Annual statistical returns and brief notes on vaccination in Bengal - 1887-1898
Year: 1887
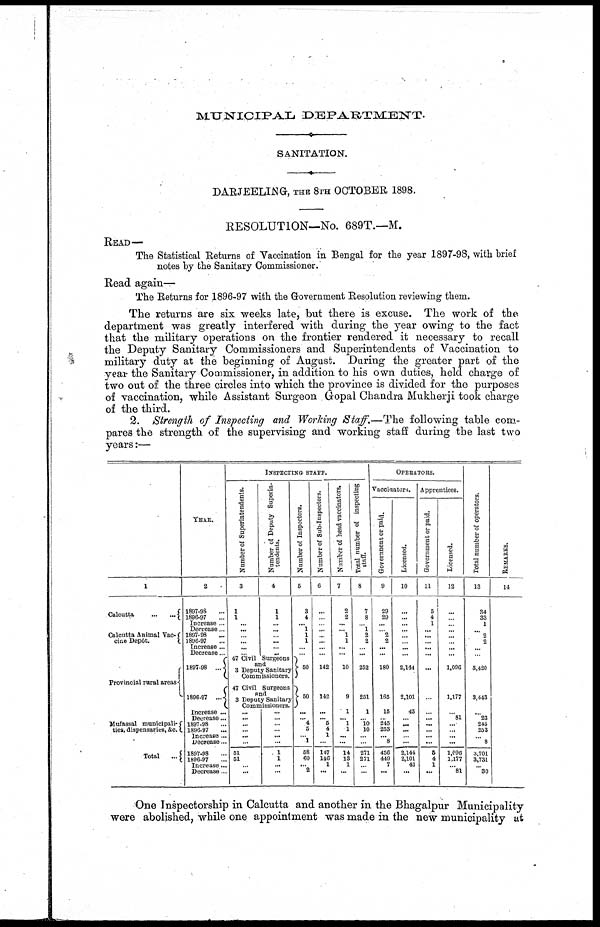
MUNICIPAL
DEPARTMENT.
SANITATION.
DARJEELING, THE 8TH OCTOBER 1898.
RESOLUTION—No. 689T.—M.
READ—
The Statistical Returns of Vaccination in Bengal for the year 1897-98, with brief
notes by the Sanitary Commissioner.
Read again—
The Returns for 1896-97 with the Government Resolution reviewing them.
The returns are six weeks late, but there is excuse. The work of the
department was greatly interfered with during the year owing to the fact
that the military operations on the frontier rendered it necessary to recall
the Deputy Sanitary Commissioners and Superintendents of Vaccination to
military duty at the beginning of August. During the greater part of the
year the Sanitary Commissioner, in addition to his own duties, held charge of
two out of the three circles into which the province is divided for the purposes
of vaccination, while Assistant Surgeon Gopal Chandra Mukherji took charge
of the third.
2. Strength of Inspecting and Working Staff.—The following table com-
pares the strength of the supervising and working staff during the last two
years:—
1
Calcutta...
...
Calcutta Animal Vac-
cine Depôt.
Provincial rural areas...
Mufassal municipali-
ties, dispensaries, &c.
Total...
YEAR.
2
1897-98...
1896-97...
Increase ...
Decrease...
1897-98...
1896-97...
Increase...
Decrease...
1897-98...
1896-97...
Increase ...
Decrease...
1897-98...
1896-97...
Increase...
Decrease ...
1897-98...
1896-97...
Increase...
Decrease...
INSPECTING STAFF.
Number of Superintendents.
3
1
1
...
...
...
...
...
...
Number of Deputy Superin-
tendents.
4
1
1
...
...
...
...
...
...
47 Civil Surgeons
and
3 Deputy Sanitary
Commissioners.
47 Civil Surgeons
and
3 Deputy Sanitary
Commissioners.
...
...
...
...
...
...
51
51
...
...
...
...
...
...
...
...
1
1
...
...
Number of Inspectors.
5
3
4
... 1
1
1
...
...
50
50
...
... 4
5
...
1
58
60
... 2
Number of Sub-Inspectors.
6
...
...
...
... ...
...
...
...
142
142
...
... 5
4
1
...
147
146
1
...
Number of head vaccinators.
7
2
2
...
... 1
1
...
...
10
9
1
... 1
1
...
...
14
13
1
...
Total number of inspecting
staff.
8
7
8
...
...
2
2
...
...
252
251
1
...
10 10
...
...
271
271
...
...
OPERATORS.
Vaccinators.
Government or paid.
9
29
29
...
...
2
2
...
...
180
165
15
...
245
253
... 8
456
449
7
...
Licensed.
10
...
...
...
...
...
...
...
...
2,144
2,101
43
...
...
...
...
...
2,144
2,101
43
...
Apprentices.
Government or paid.
11
5
4
1
...
...
...
...
...
...
...
...
...
...
...
...
...
5
4
1
...
Licensed.
12
...
...
...
...
...
...
...
...
1,096
1,177
... 81
...
...
...
...
1,096
1,177
...
81
Total number of operators.
13
34
33
1
...
2
2
...
...
3,420
3,443
...
23
245
253
... 8
3,701
3,731
...
30
REMARKS.
14
One Inspectorship in Calcutta and another in the Bhagalpur Municipality
were abolished, while one appointment was made in the new municipality at